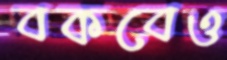
বকবেও